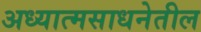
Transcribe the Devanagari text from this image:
अध्यात्मसाधनेतील